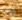
ماذا